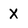
Character: x